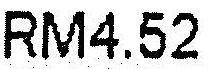
RM4.52